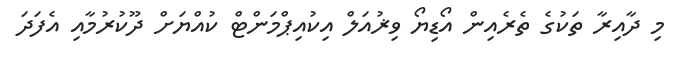
މި ދާއިރާ ތަކުގެ ތެރެއިން އޯޑިޔޯ ވިޜުއަލް އިކުއިޕްމަންޓް ކުއްޔަށް ދޫކުރުމާއި އެފަދަ